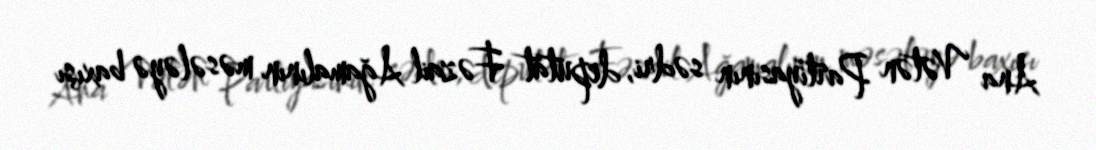
Ana Vətən Partiyasının sədri, deputat Fəzail Ağamalının məsələyə baxışı